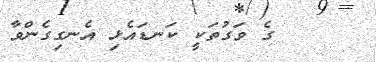
ގެ ވަގުތަކީ ކަނޑައެޅި އެނގިގެންވާ